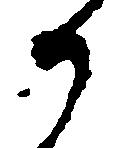
か